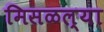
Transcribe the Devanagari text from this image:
मिसळल्या